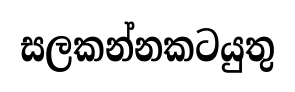
සලකන්නකටයුතු